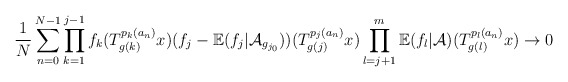
\begin{align*} \frac{1}{N}\sum_{n=0}^{N-1}\prod_{k=1}^{j-1}f_k(T_{g(k)}^{p_k(a_n)}x) (f_j-\mathbb{E}(f_j|\mathcal{A}_{g_{j_0}}))(T_{g(j)}^{p_j(a_n)}x)\prod_{l=j+1}^{m}\mathbb{E}(f_{l}|\mathcal{A})(T_{g(l)}^{p_{l}(a_n)}x)\rightarrow 0 \end{align*}